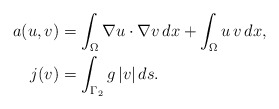
\begin{align*}a(u,v)&=\int_\Omega \nabla u\cdot\nabla v\, dx + \int_\Omega u\, v\, dx,\\j(v) &= \int_{\Gamma_2} g\, |v|\, ds.\end{align*}